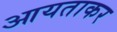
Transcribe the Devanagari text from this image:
आयताकर